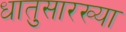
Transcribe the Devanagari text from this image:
धातुसारख्या